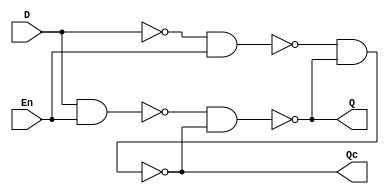
module D_Latch(
    input D,En,
    output Q,Qc
    );
    wire w1,w2,w3;
    assign w2=~D;
    assign w1=~(D&En);
    assign w3=~(w2&En);
    assign Q=~(w1&Qc);
    assign Qc=~(w3&Q);
endmodule